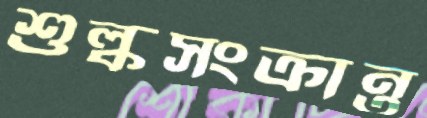
শুল্কসংক্রান্ত